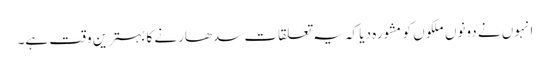
انہوں نے دونوں ملکوں کو مشورہ دیا کہ یہ تعلقات سدھارنے کا بہترین وقت ہے۔